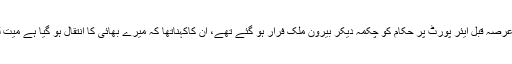
یاد رہے کہ اویس مظفر ٹپی کچھ عرصہ قبل ایئر پورٹ پر حکام کو چکمہ دیکر بیرون ملک فرار ہو گئے تھے، ان کاکہناتھا کہ میرے بھائی کا انتقال ہو گیا ہے میت لینے کیلئے بیرون ملک جارہاہوں۔